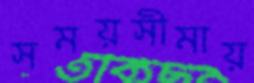
সময়সীমায়